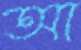
আ